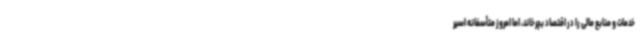
خدمات و منابع مالی را در اقتصاد بچرخاند، اما امروز متأسفانه اسیر